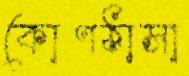
কোণঠাসা